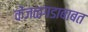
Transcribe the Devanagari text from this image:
केंजळगडाबाबत